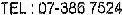
TEL : 07-386 7524